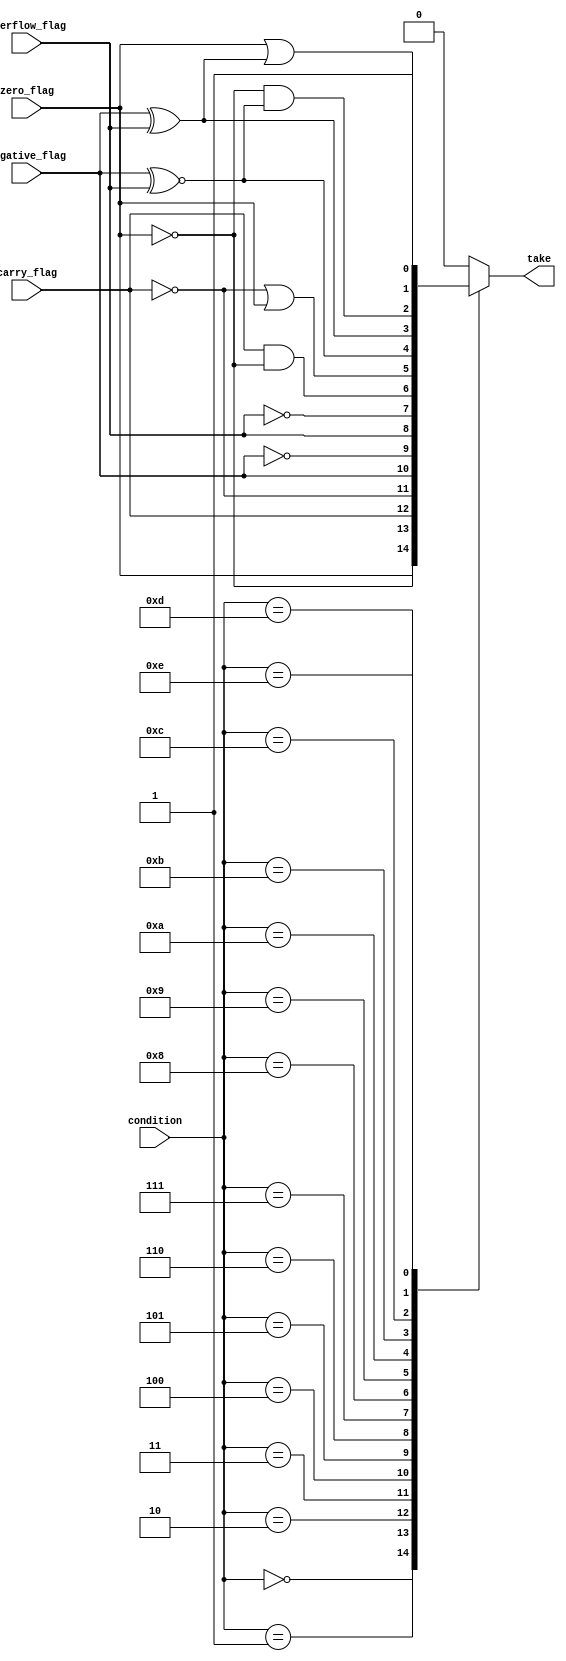
module Ramifier
#(
    parameter BRANCH_CONDITION_WIDTH = 4
)(
  input [(BRANCH_CONDITION_WIDTH - 1):0] condition,
  input negative_flag, zero_flag, carry_flag, overflow_flag,
  output reg take
);


    always @ ( * ) begin
        case (condition)
            0:begin //EQ
                take = zero_flag;
            end
            1:begin //NE
                take = !zero_flag;
            end
            2:begin //CS / HS
                take = carry_flag;
            end
            3:begin //CC / LO
                take = !carry_flag;
            end
            4:begin   //MI
                take = negative_flag;
            end
            5:begin   //PL
                take = !(negative_flag);
            end
            6:begin   //VS
                take = overflow_flag;
            end
            7:begin   //VC
                take = !(overflow_flag);
            end
            8:begin   //HI
                take = (carry_flag) && (!zero_flag);
            end
            9:begin   //LS
                take = (!carry_flag) || (zero_flag);
            end
            10:begin    //GE
                take =  (negative_flag ^~ overflow_flag) ;
            end
            11:begin    //LT
                take = (negative_flag ^ overflow_flag);
            end
            12:begin    //GT
                take = (!zero_flag) && (negative_flag ^~ overflow_flag);
            end
            13:begin     //LE
                take = (zero_flag) || (negative_flag ^ overflow_flag);
            end
            14:begin  //Al
                take = 1;
            end
            default: begin
                take = 0; //NEVER
            end
        endcase
    end

endmodule